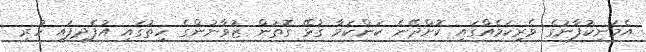
އެމަނިކުފާނުގެ ވެރިކަމެއްގައި ކޮށްދޭނެ ކަންކަމާ ގުޅޭ ގޮތުން ޒުވާނުންގެ ހިތުގައި އުފެދިފައި ހުރި